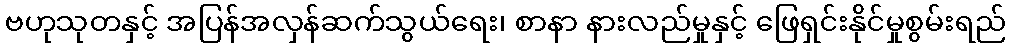
ဗဟုသုတနှင့် အပြန်အလှန်ဆက်သွယ်ရေး၊ စာနာ နားလည်မှုနှင့် ဖြေရှင်းနိုင်မှုစွမ်းရည်